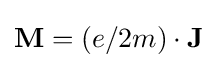
\mathbf {M} =(e/2m)\cdot \mathbf {J}